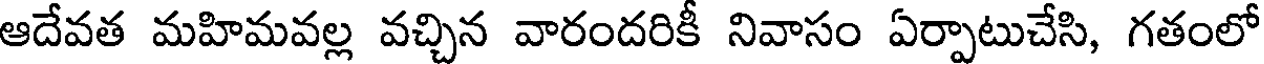
ఆదేవత మహిమవల్ల వచ్చిన వారందరికీ నివాసం ఏర్పాటుచేసి, గతంలో